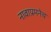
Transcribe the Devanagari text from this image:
नावाप्रमनेच